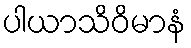
ပါယာသိဝိမာနံ